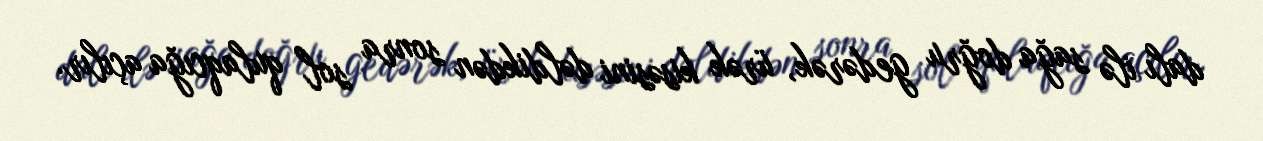
dalı ilə sağa doğru gedərək, ürək kisəsini dəldikdən sonra sol qulaqcığa açılır.